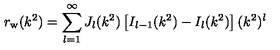
r _ { \mathrm { w } } ( k ^ { 2 } ) = \sum _ { l = 1 } ^ { \infty } J _ { l } ( k ^ { 2 } ) \left[ I _ { l - 1 } ( k ^ { 2 } ) - I _ { l } ( k ^ { 2 } ) \right] ( k ^ { 2 } ) ^ { l }